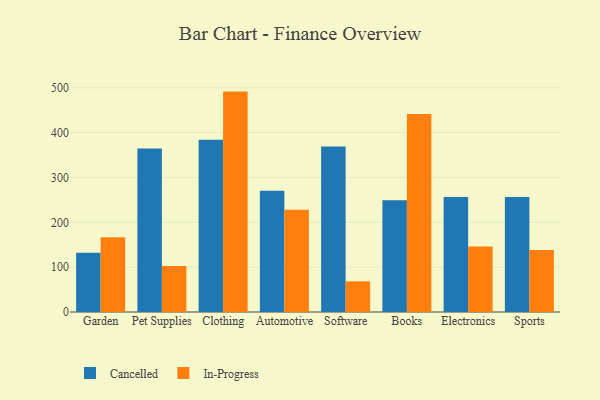
{"axis": {"x": "Category", "y": "LTV (USD)"}, "legend": ["Cancelled", "In-Progress"], "data": [{"x": "Garden", "y": 132.2, "type": "Cancelled"}, {"x": "Garden", "y": 166.5, "type": "In-Progress"}, {"x": "Pet Supplies", "y": 364.8, "type": "Cancelled"}, {"x": "Pet Supplies", "y": 102.7, "type": "In-Progress"}, {"x": "Clothing", "y": 384.3, "type": "Cancelled"}, {"x": "Clothing", "y": 491.4, "type": "In-Progress"}, {"x": "Automotive", "y": 270.2, "type": "Cancelled"}, {"x": "Automotive", "y": 227.7, "type": "In-Progress"}, {"x": "Software", "y": 369.2, "type": "Cancelled"}, {"x": "Software", "y": 68.4, "type": "In-Progress"}, {"x": "Books", "y": 249.1, "type": "Cancelled"}, {"x": "Books", "y": 441.2, "type": "In-Progress"}, {"x": "Electronics", "y": 256.2, "type": "Cancelled"}, {"x": "Electronics", "y": 145.9, "type": "In-Progress"}, {"x": "Sports", "y": 256.5, "type": "Cancelled"}, {"x": "Sports", "y": 138.3, "type": "In-Progress"}]}